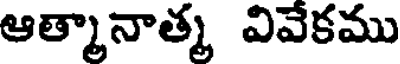
ఆత్మానాత్మ వివేకము